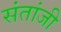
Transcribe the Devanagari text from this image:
संतांजी